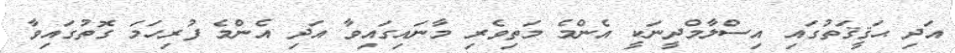
އަދި ޙަޤީޤަތުގައި އިސްލާމްދީނަކީ އެންމެ މަތިވެރި މާނައިގައިވާ އަދި އެންމެ ފުރިހަމަ ގޮތުގައިވާ